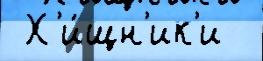
 Х'и́щн'ик'и